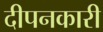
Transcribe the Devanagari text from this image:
दीपनकारी